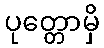
ပုတ္တောမှိ